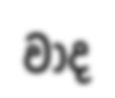
වාද